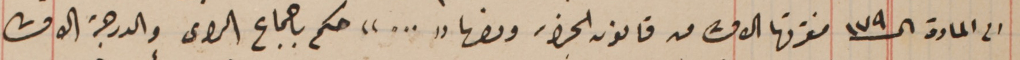
الى المادة الـ ١٧٩ فقرتها الاولى من قانون الجزاء ونصها "..." حكم باجماع الراى والدرجة الاولى